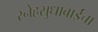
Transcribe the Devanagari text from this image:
स्नेहसुधाबाईंचा